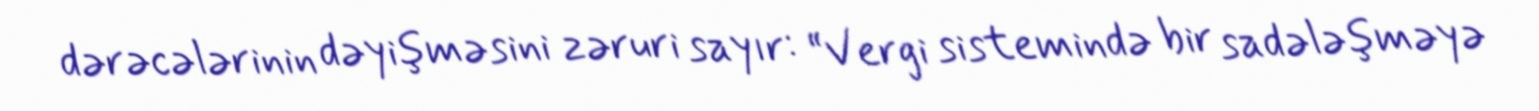
dərəcələrinin dəyişməsini zəruri sayır: “Vergi sistemində bir sadələşməyə